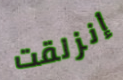
إنزلقت